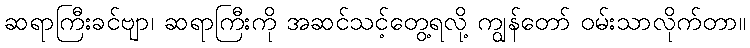
ဆရာကြီးခင်ဗျာ၊ ဆရာကြီးကို အဆင်သင့်တွေ့ရလို့ ကျွန်တော် ဝမ်းသာလိုက်တာ။